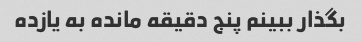
بگذار ببینم پنج دقیقه مانده به یازده